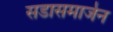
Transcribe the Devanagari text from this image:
सडासमार्जन